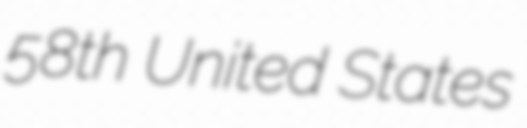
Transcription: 58th United States